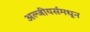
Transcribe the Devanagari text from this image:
अल्जीयर्समधून